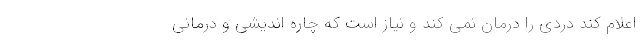
اعلام کند دردی را درمان نمی کند و نیاز است که چاره اندیشی و درمانی